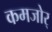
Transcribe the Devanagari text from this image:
कमजोर्